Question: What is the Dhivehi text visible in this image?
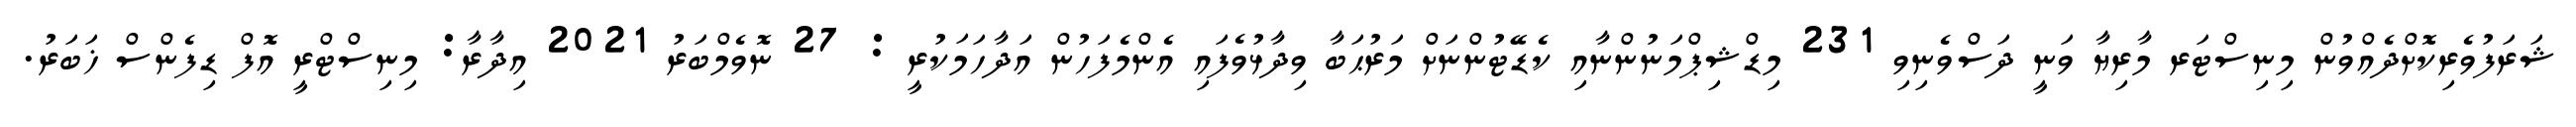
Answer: ޝަރަފުވެރިކޮށްދެއްވުން މިނިސްޓަރ މާރިޔާ ވަނީ ދަސްވެނިވި 231 މިޑްޝިޕްމަނުންނާއި ކެޑޭޓުންނަށް މަރުޙަބާ ވިދާޅުވެފައި އެންމެފަހުން އަދާހަމަކުރީ : 27 ނޮވެމްބަރު 2021 އިދާރާ: މިނިސްޓްރީ އޮފް ޑިފެންސް ޚަބަރު.